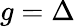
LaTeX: g=\Delta